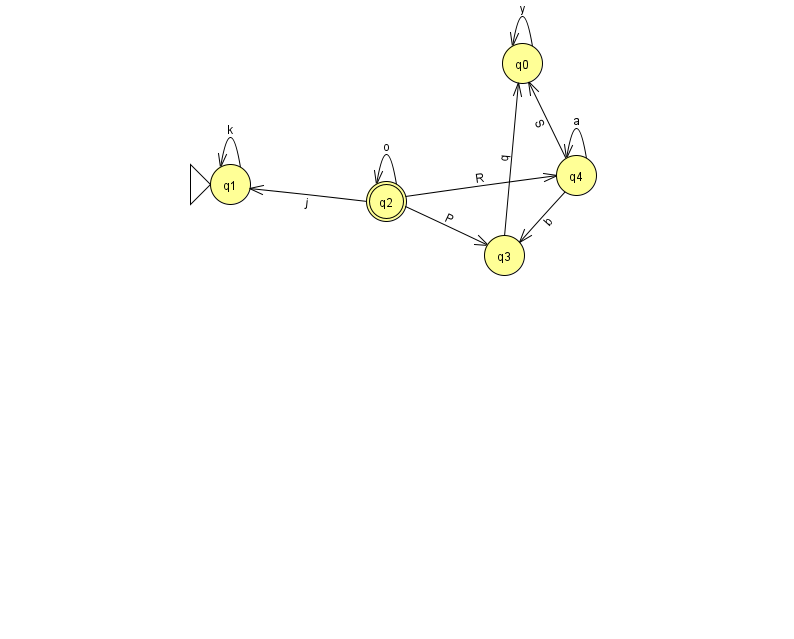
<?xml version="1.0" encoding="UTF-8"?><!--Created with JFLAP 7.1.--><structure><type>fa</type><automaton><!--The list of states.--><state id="0" name="q0"><x>522.0</x><y>50.0</y></state><state id="1" name="q1"><x>230.0</x><y>171.0</y><initial/></state><state id="2" name="q2"><x>386.0</x><y>188.0</y><final/></state><state id="3" name="q3"><x>504.0</x><y>242.0</y></state><state id="4" name="q4"><x>576.0</x><y>162.0</y></state><!--The list of transitions.--><transition><from>2</from><to>4</to><read>R</read></transition><transition><from>4</from><to>4</to><read>a</read></transition><transition><from>4</from><to>0</to><read>S</read></transition><transition><from>2</from><to>1</to><read>j</read></transition><transition><from>3</from><to>0</to><read>q</read></transition><transition><from>2</from><to>3</to><read>P</read></transition><transition><from>4</from><to>3</to><read>b</read></transition><transition><from>0</from><to>0</to><read>y</read></transition><transition><from>1</from><to>1</to><read>k</read></transition><transition><from>2</from><to>2</to><read>o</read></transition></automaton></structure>